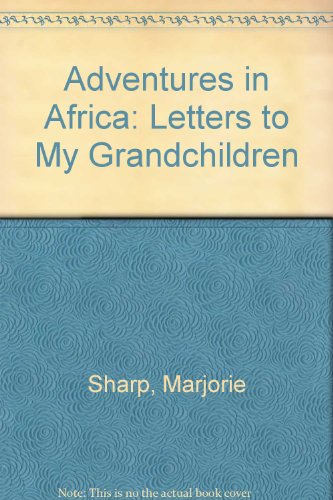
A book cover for Adventures in Africa: Letters to My Grandchildren; Marjorie Sharp; Travel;